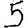
Digit: 5